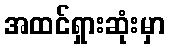
အထင်ရှားဆုံးမှာ